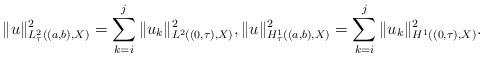
LaTeX: \begin{align*} \|u\|_{L^{2}_{\tau}((a, b), X)}^{2} = \sum_{k = i}^{j} \|u_{k}\|_{L^{2}((0, \tau), X)}^{2}, \|u\|_{H^{1}_{\tau}((a, b), X)}^{2} = \sum_{k = i}^{j} \|u_{k}\|_{H^{1}((0, \tau), X)}^{2}. \end{align*}